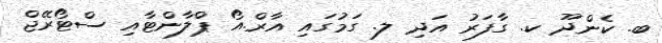
ބ. ކެންދޫ ކ. ގާފަރު އަދި ލ. ގަމުގައި އާރް.އޯ ޕްލާންޓާއި ސްޓޯރޭޖް